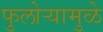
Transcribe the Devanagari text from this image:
फुलोऱ्यामुळे